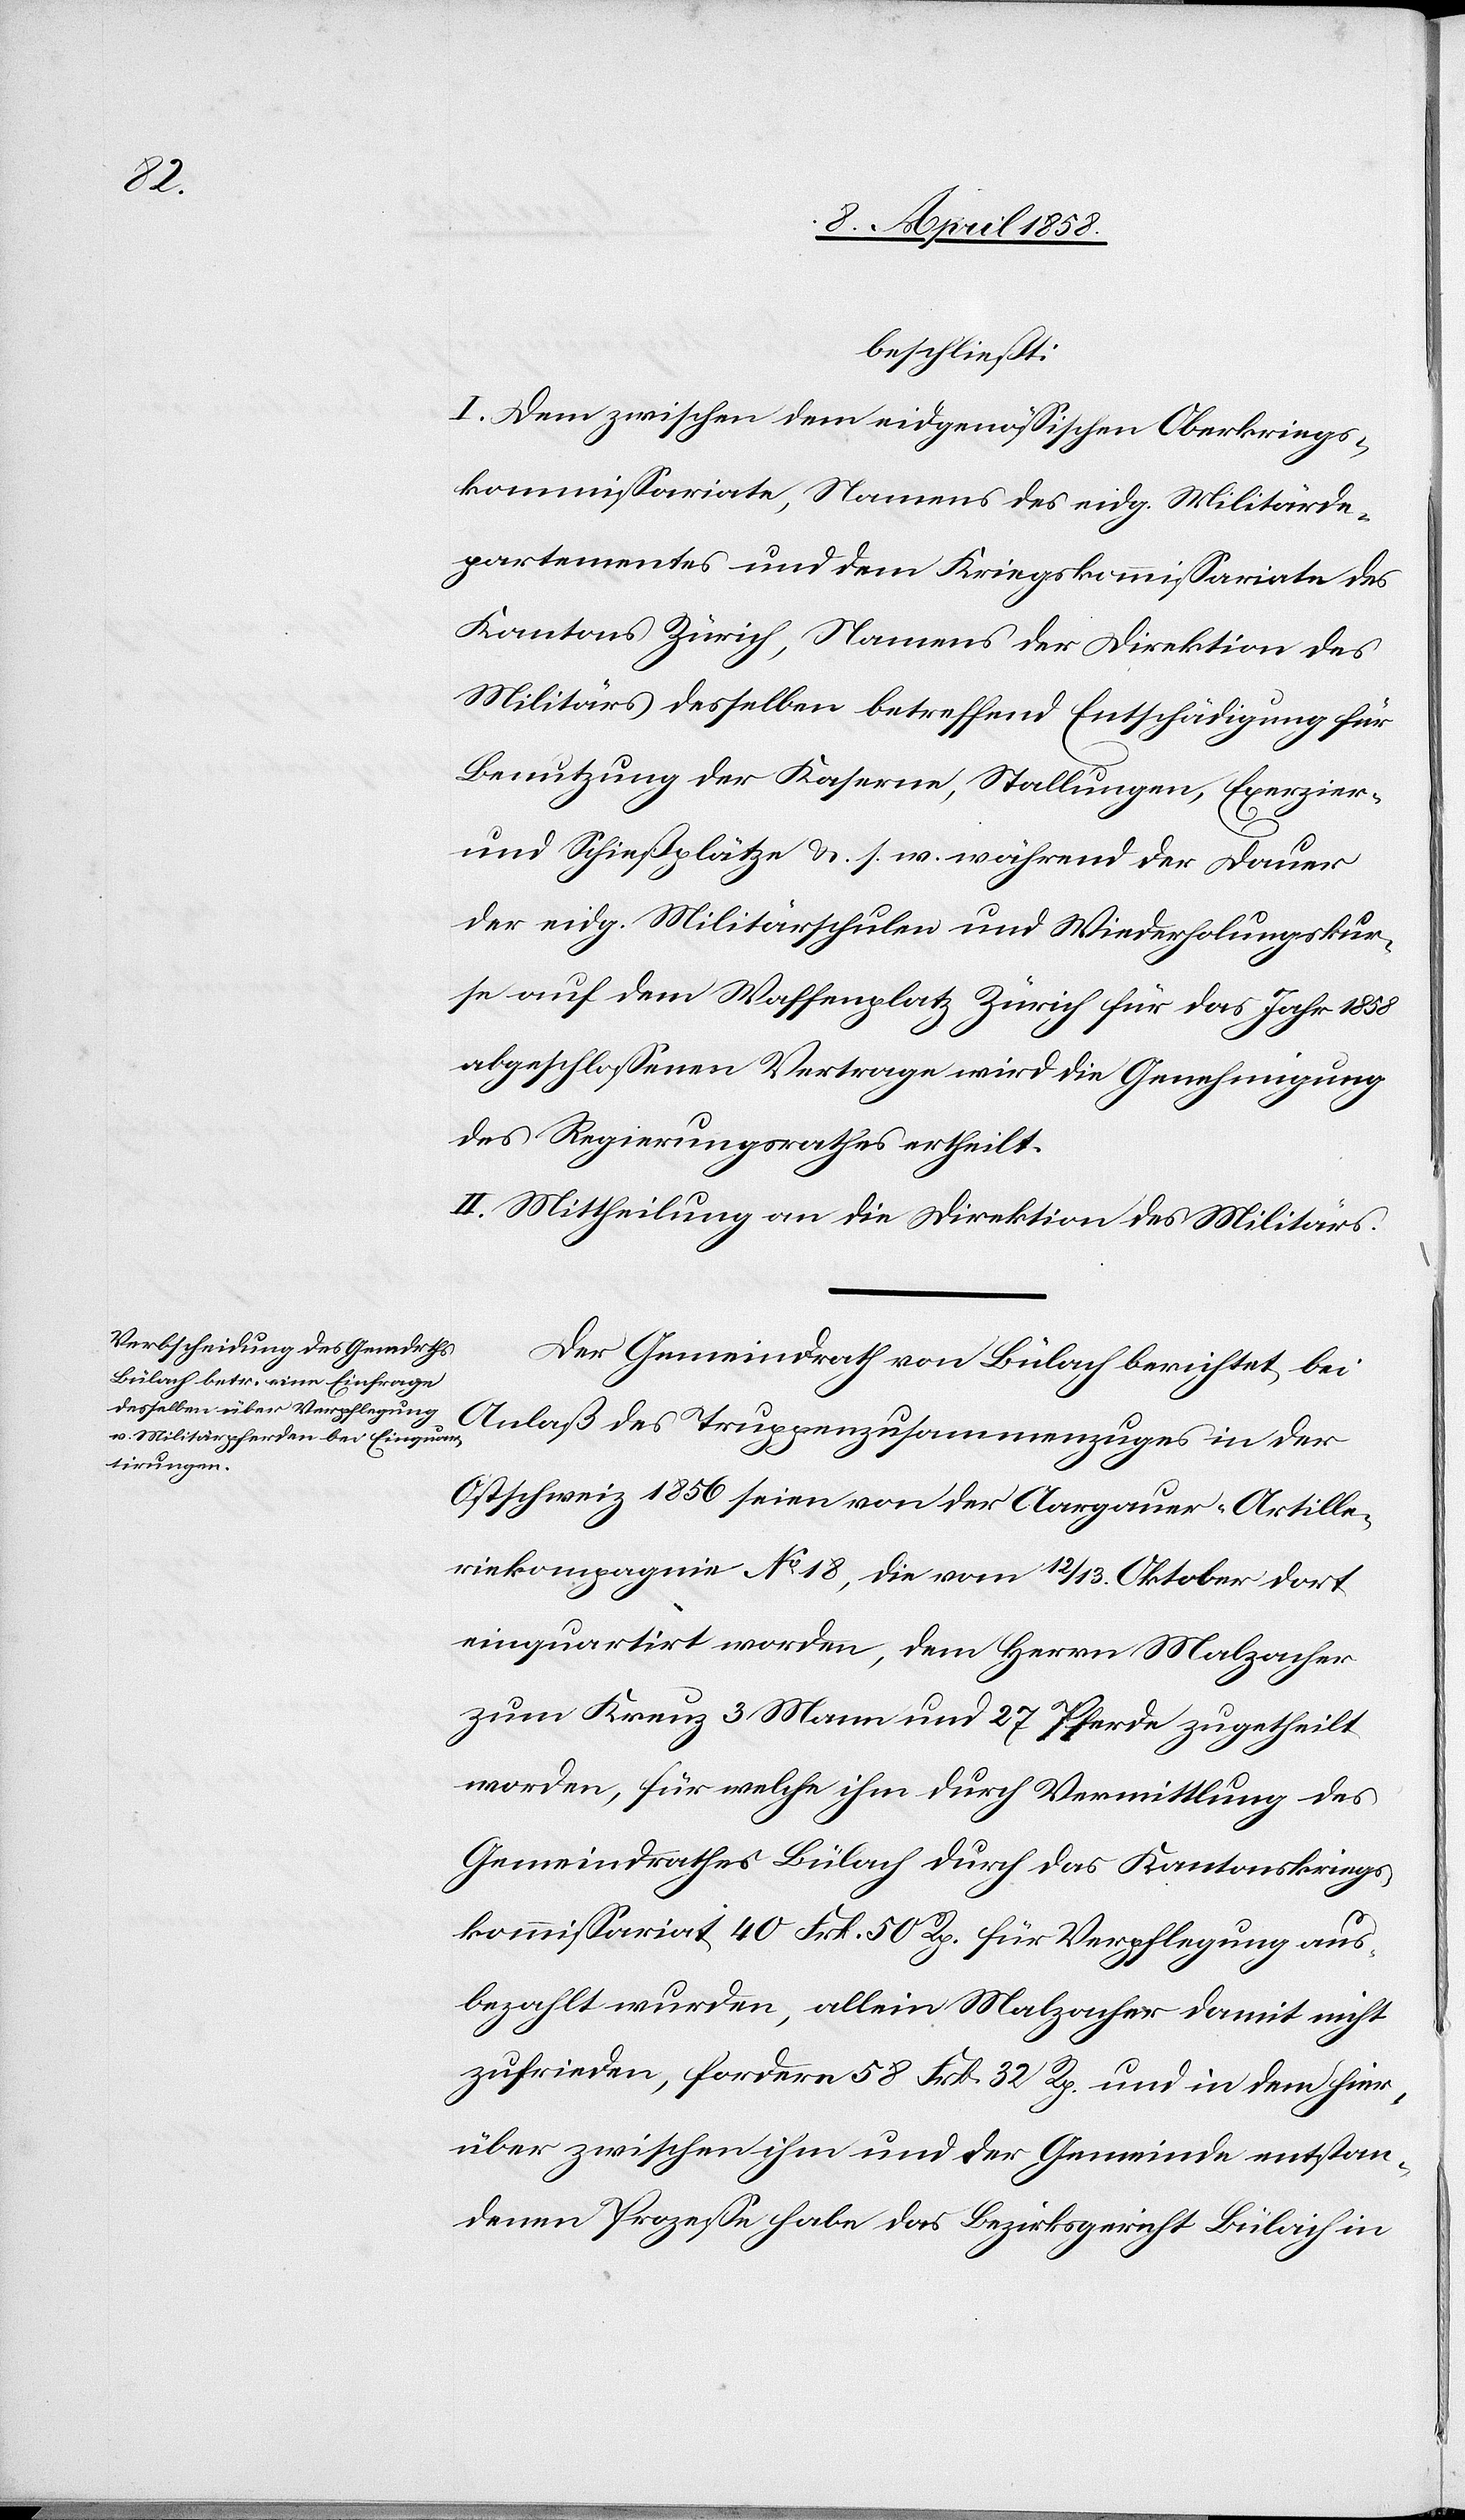
beschließt:
I. Dem zwischen dem eidgenössischen Oberkriegs¬
kommissariate, Namens des eidg. Militärde¬
partementes und dem Kriegskommissariate des
Kantons Zürich, Namens der Direktion des
Militärs desselben betreffend Entschädigung für
Benutzung der Kaserne, Stallungen, Exerzier-
und Schießplätze u. s. w. während der Dauer
der eidg. Militärschulen und Wiederholungskur¬
se auf dem Waffenplatz Zürich für das Jahr 1858
abgeschlossenen Vertrage wird die Genehmigung
des Regierungsrathes ertheilt.
II. Mittheilung an die Direktion des Militärs.
Der Gemeindrath von Bülach berichtet bei
Anlaß des Truppenzusammenzuges in der
Ostschweiz 1856 seien von der Aargauer-Artille¬
riekompagnie No 18, die vom 12./13. Oktober dort
einquartirt worden, dem Herrn Malzacher
zum Kreuz 3 Mann und 27 Pferde zugetheilt
worden, für welche ihm durch Vermittlung des
Gemeindrathes Bülach durch das Kantonskriegs¬
kommissariat 40 Frk. 50 Rp. für Verpflegung aus¬
bezahlt wurden, allein Malzacher[,] damit nicht
zufrieden, fordere 58 Frk. 32 Rp. und in dem hier¬
über zwischen ihm und der Gemeinde entstan¬
denen Prozesse habe das Bezirksgericht Bülach in